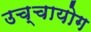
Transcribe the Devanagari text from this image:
उच्‍चायोग